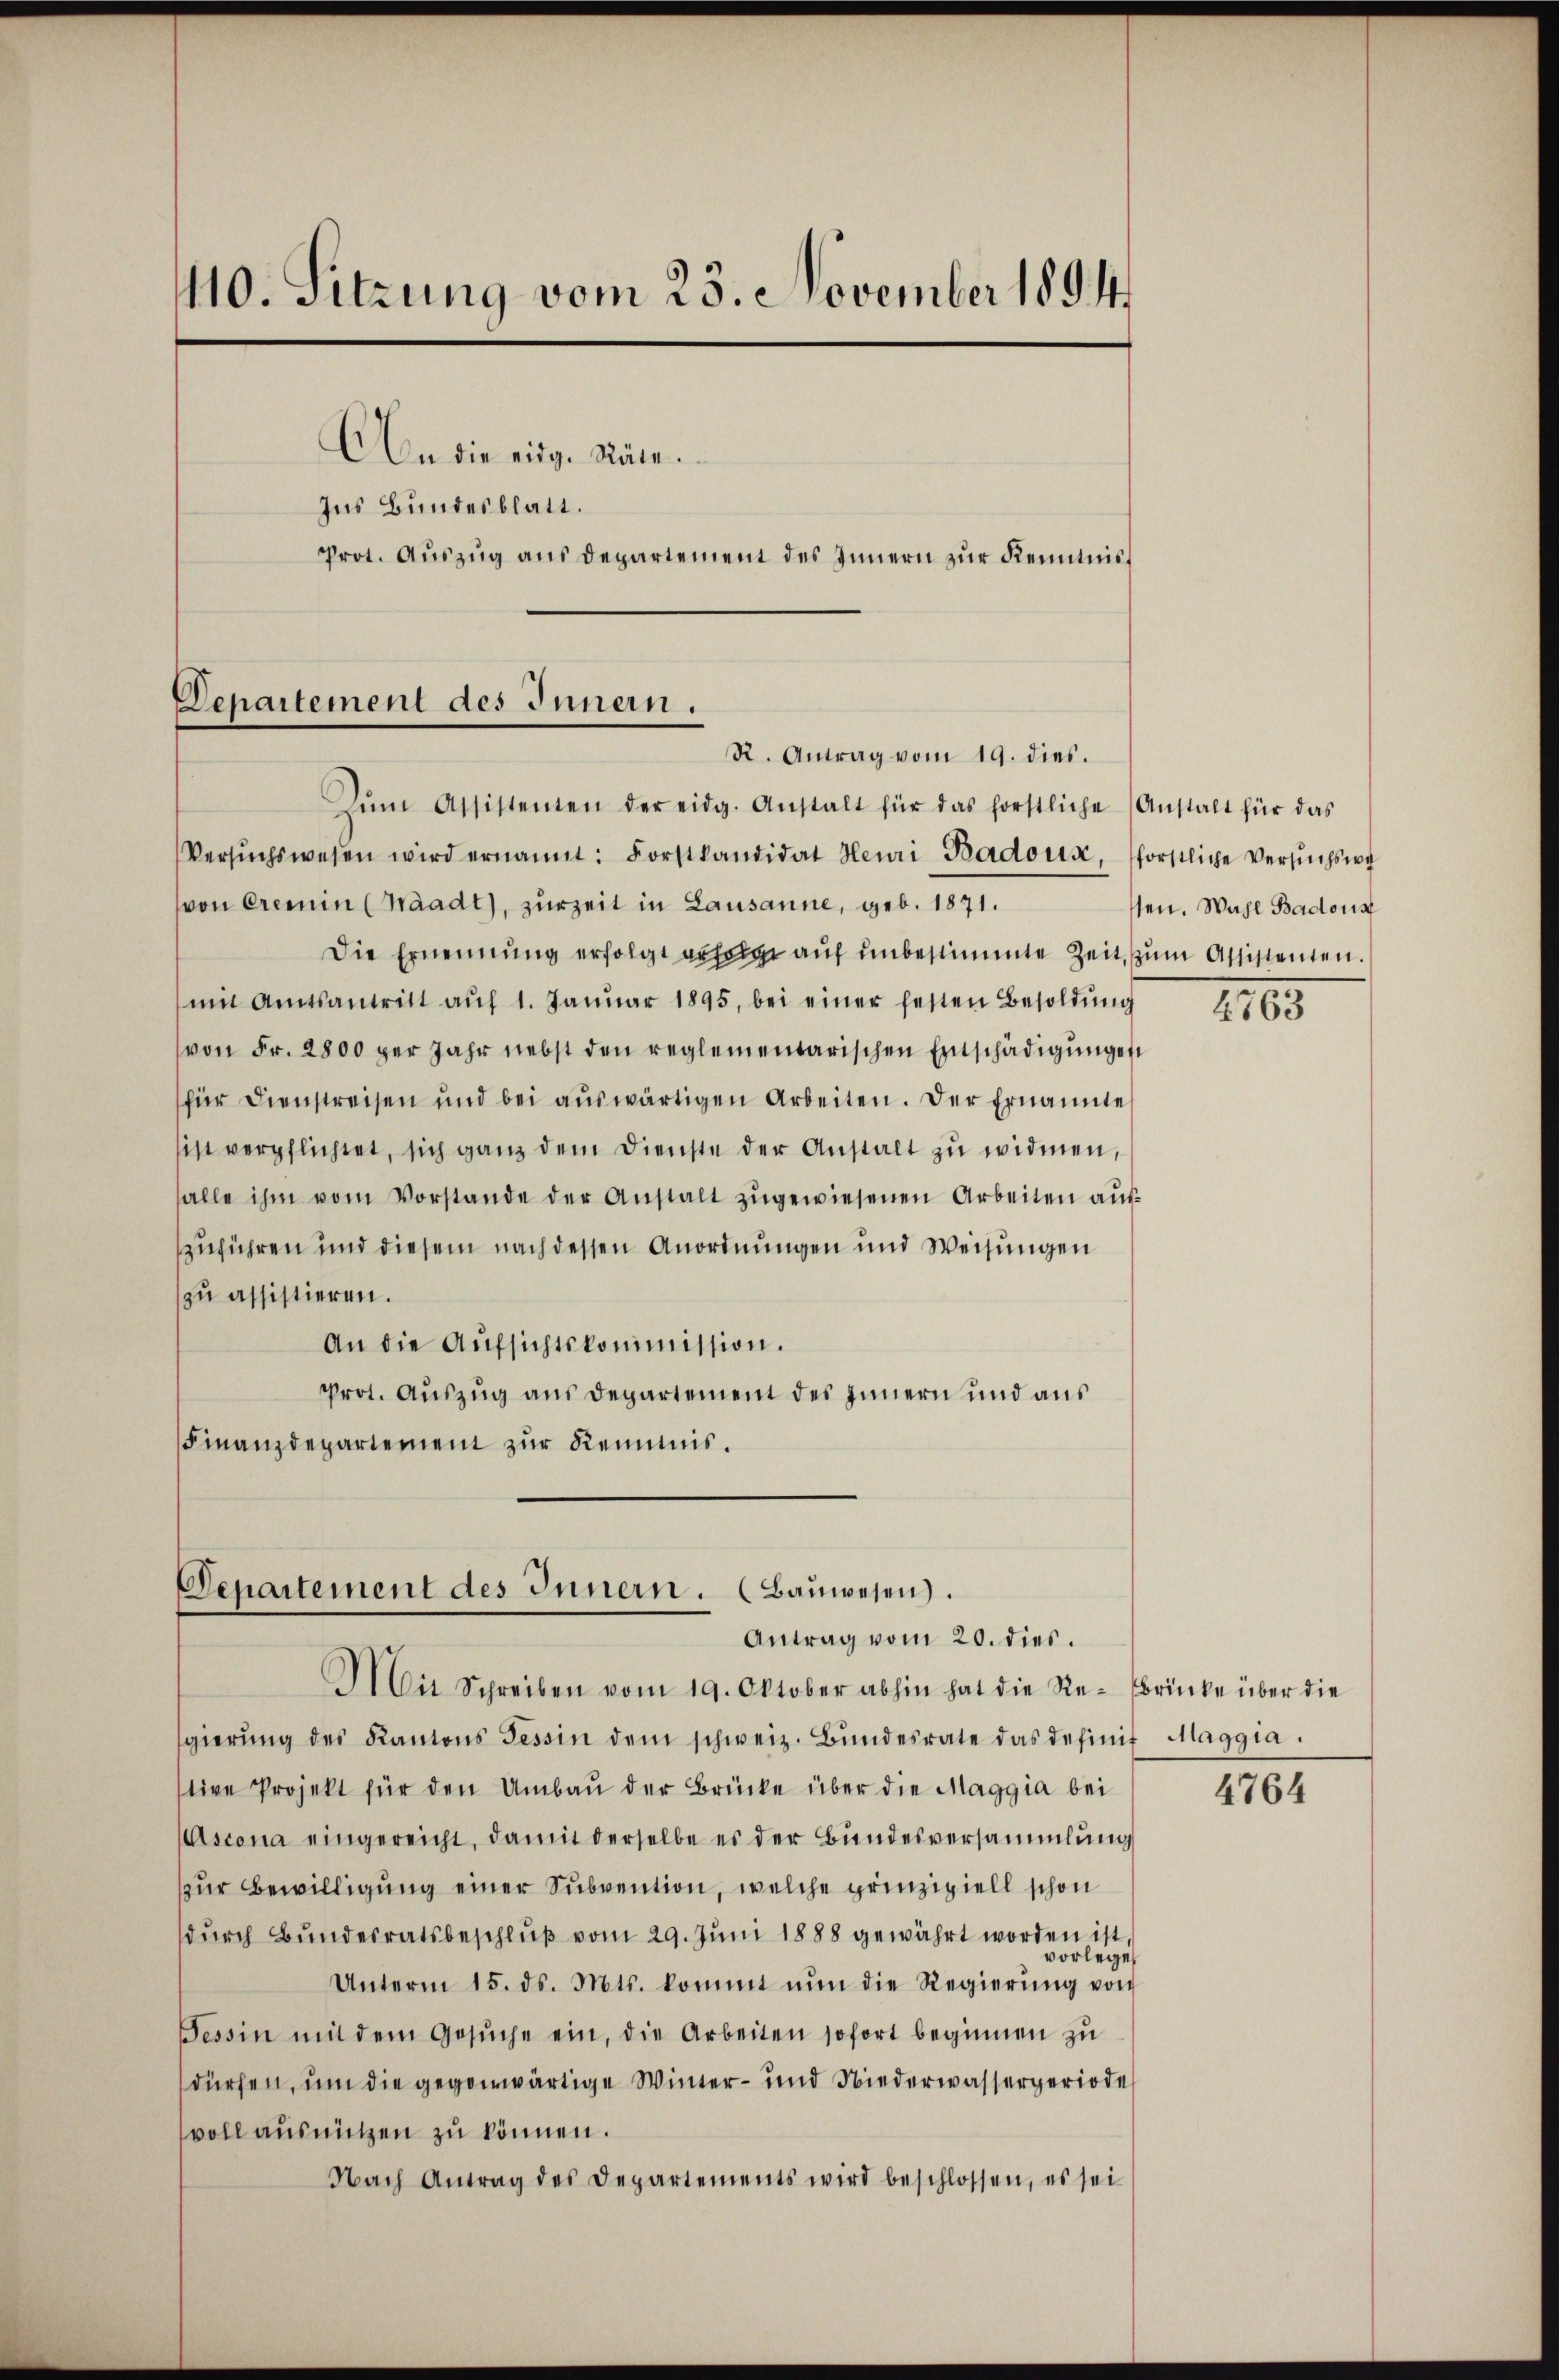
110. Sitzung vom 23. November 1894.
An die eidg. Räte.
Ins Bundesblatt.
Prot. Aŭszŭg ans Departement des Innern zur Kenntnis¬

Zŭm Assistenten der eidg. Anstalt für das forstliche Anstalt für das
Versŭchswesen wird ernannt: Forstkandidat Henri Badoux, sförstliche Versŭchswe
von Cremin (Waadt, zurzeit in Lausanne, geb. 1871.
Die Ernennung erfolgt erfolgt auf unbestimmte Zeit, zum Assistenten.
mit Amtsantritt aŭf 1. Janŭar 1895, bei einer festen Besoldŭng
von Fr. 2800 per Jahr nebst den reglementarischen Entschädigungen
für Dienstreisen und bei auswärtigen Arbeiten. Der Ernannte
sist verpflichtet, sich ganz dem Dienste der Anstalt zu widmen,
falle ihm vom Vorstande der Anstalt zŭgewiesenen Arbeiten aŭf
zuführen und diesem nach dessen Anordnungen und Weisungen
zu assistieren.
An die Aŭfsichtskommission.
Prot. Auszug aus Departement des Innern und aus
Finanzdepartement zur Reimnis.

Departement des Innern.
R. Antrag vom 19. dies.

Departement des Innern. (Bauwesen).
Antrag vom 20. dies.
Mit Schreiben vom 19. Oktober abhin hat die Re-Brinke über die

sgierŭng des Kantons Tessin dem schweiz. Bŭndesrate das definit Maggia.
tive Projekt für den Umbau der Brücke über die Maggia bei
Ascona eingereicht, damit derselbe es der Bundesversammlung
zur Bewilligung einer Subvention, welche prinzipiell schon
dŭrch Bŭndesratsbeschlŭβ vom 29. Jŭni 1888 gewährt worden ist,
vorlege
Unterm 15. ds. Mts. kommt nŭn die Regierŭng von
Tessin mit dem Gesŭche ein, die Arbeiten sofort beginnen zu
dürfen, um die gegenwärtige Winter- und Niederwassergeriode
voll ausnützen zu können.
Nach Antrag des Departements wird beschlossen, es sei

sten. Wahl Badous

2165

4764